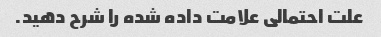
علت احتمالی علامت داده شده را شرح دهید.